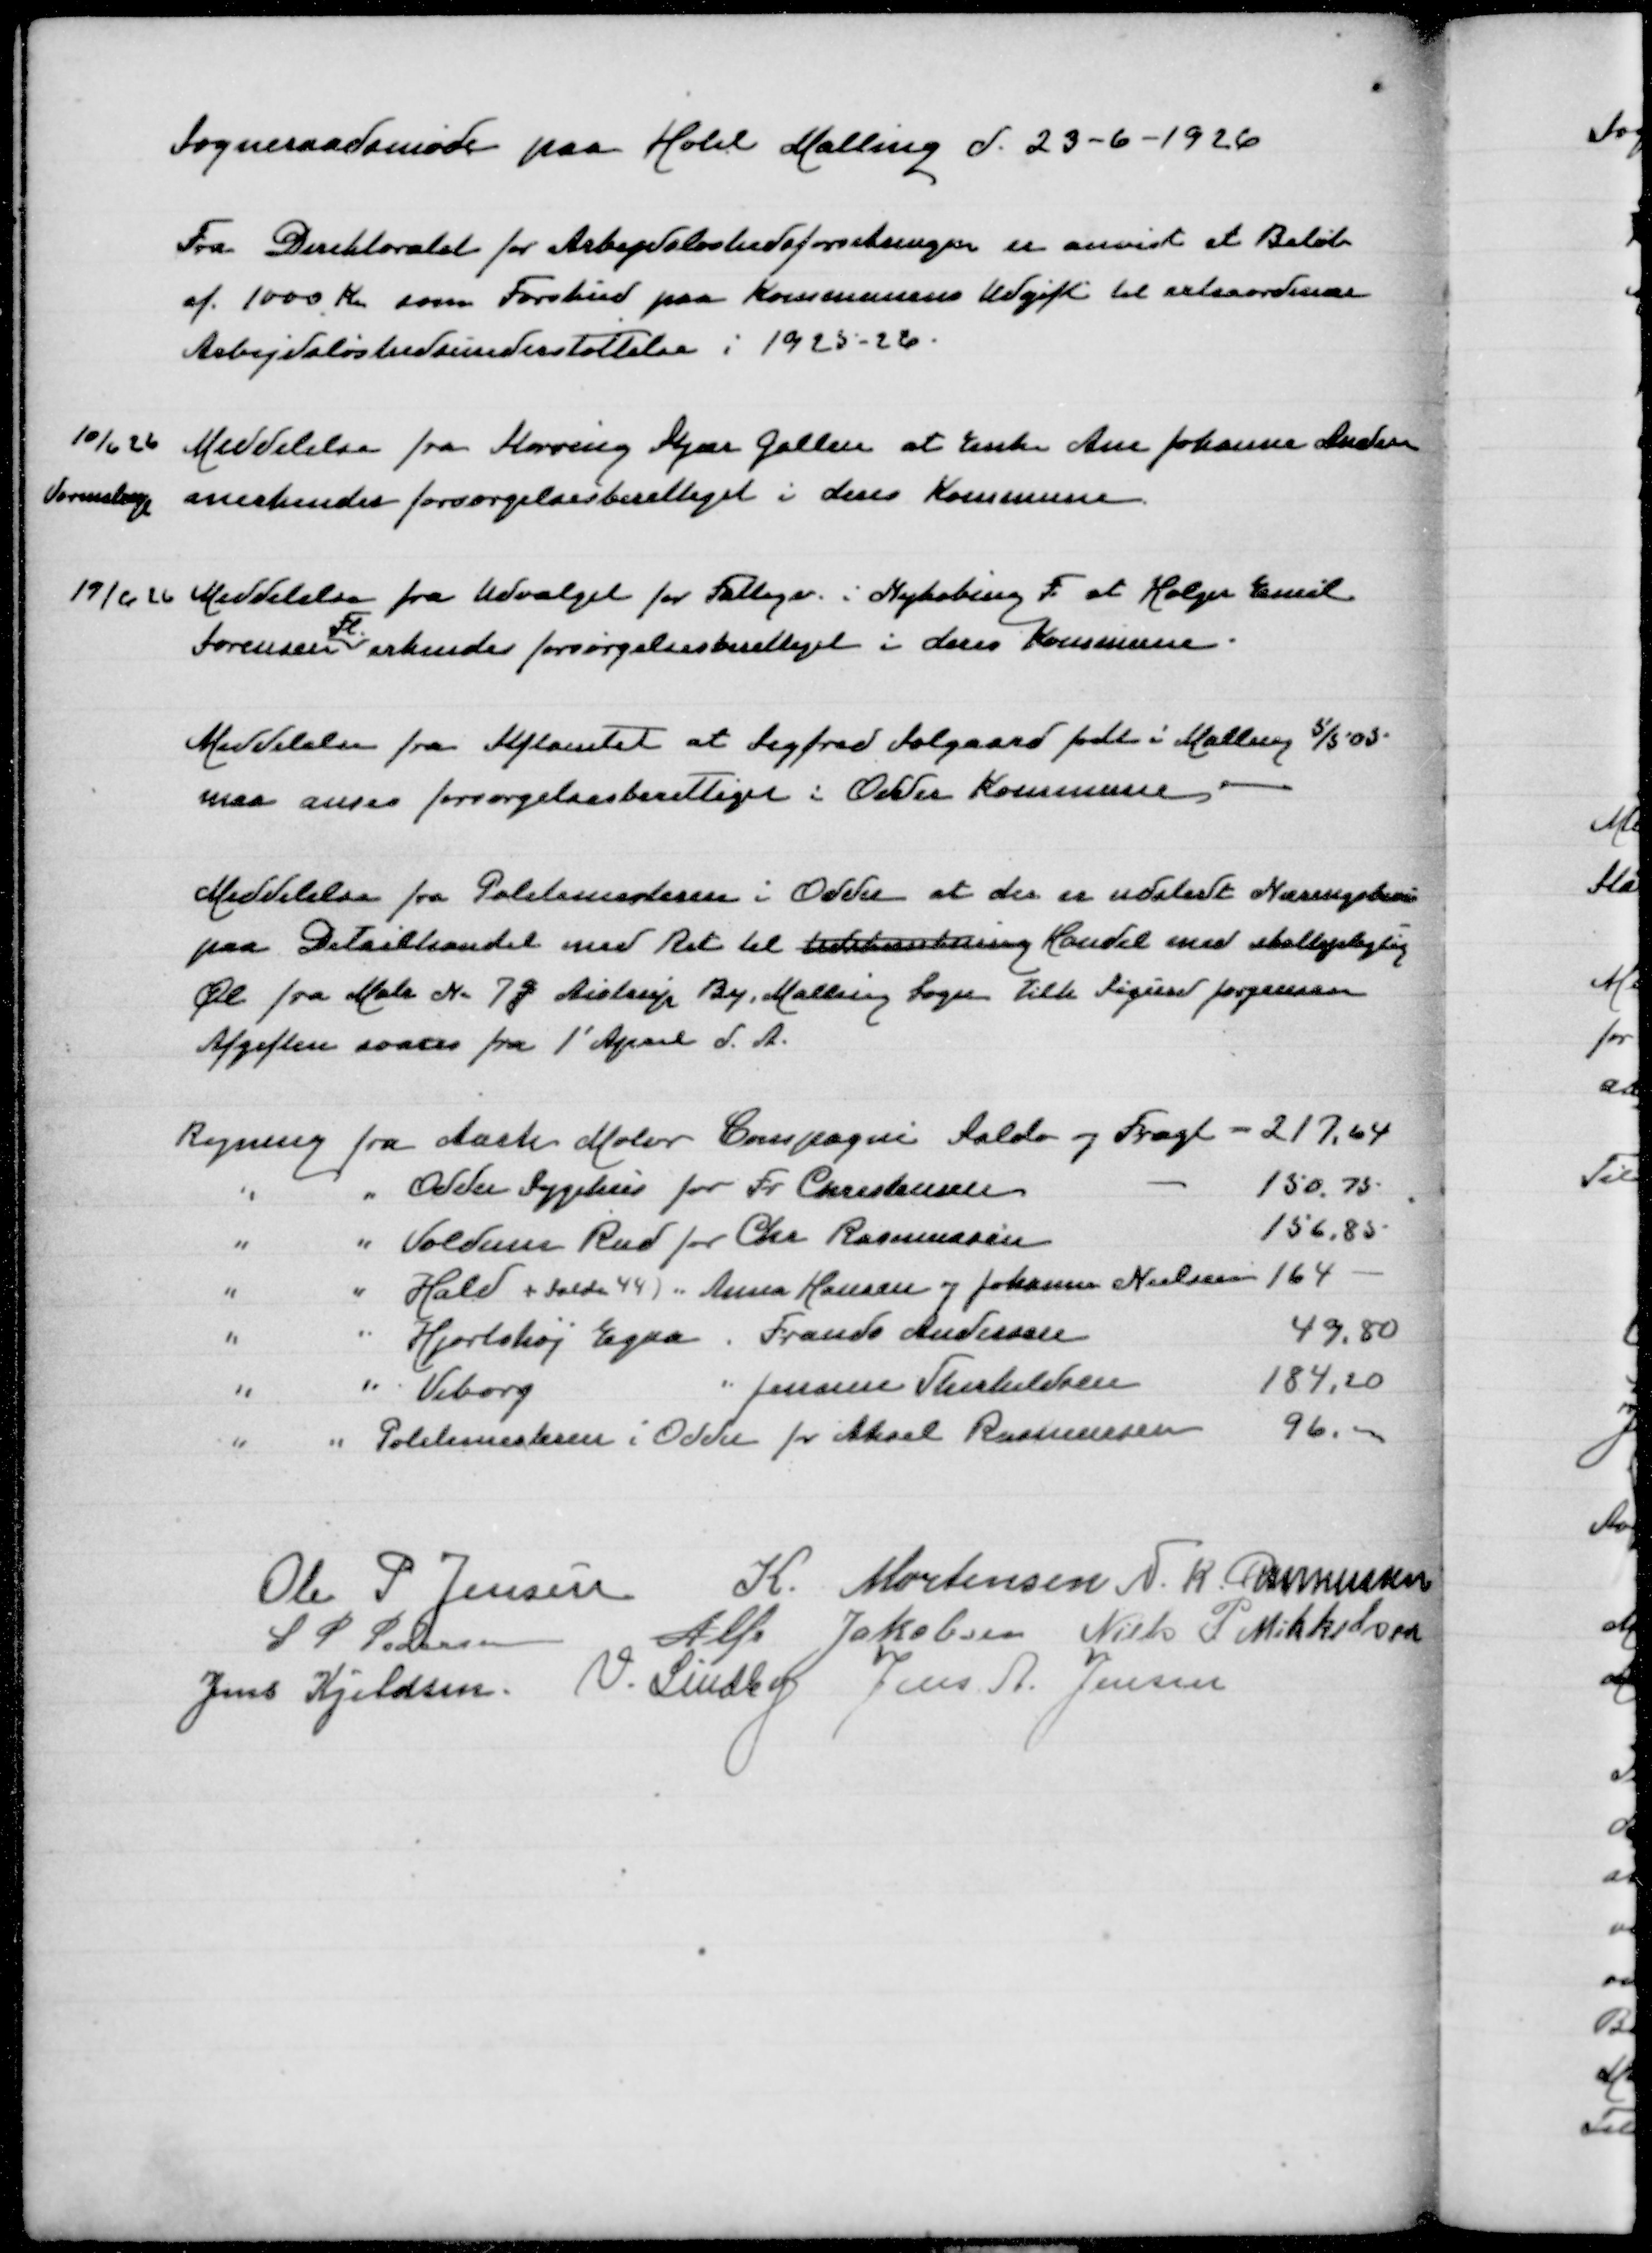
Transskription:
Sogneraadsmøde paa Hotel Malling d 23-6-1926

Fra Direktoratet fot Arbejdsløshedsforsikringen er anvist et Beløb
af 1000 Kr som Forskud paa Kommunens Udgift til extraordinær
Arbejdsunderstøttelse i 1925-26

10/6 26 Meddelelse fra Støvring Stjør Galten at Enke Ane Johanne Andersen
Vormstrup anerkendes forsørgelsesberettiget i deres Kommune

19/6 26 Meddelelse fra Udvalget for Fattigv i Nykøbing F at Holger Emil
Fl
Sørensen erkendes forsørgelsesberettiget i deres Kommune

Meddelelse fra Stiftamtet at Sigfred Solgaard født i Malling 5/5 03
maa anses forsørgelsesberettiget i Odder Kommune

Meddelelse fra Politimesteren i Odder at der er udstedt Næringsbevis
paa Detailhandel med Ret til Udskænkning Handel med skattepligtig
Øl fra Matr Nr 7q Aistrup By Malling Sogn tilh Sigurd Jørgensen
Afgiften svares fra 1' April d. A.

Regning fra Aarh Motor Compagni Saldo og Fragt
217,64
" " Odder Sygehus for Fr Christensen
150,75
" " Voldum Rud for Chr Rasmussen
156,85
" " Hald + Saldo 44) " Anna Hansen og Johanne Nielsen
164
" " Hjortshøj Egaa " Frands Andersen
49,80
" " Viborg " Johanne Therkildsen
184,20
" " Politimeseren i Odder for Aksel Rasmussen
96,00

Ole P Jensen
K Mortensen
N K Rasmussen
S P Pedersen
Alfr Jakobsen
Niels P Mikkelsen
Jens Kjeldsen
V Lindby
Jens A Jensen